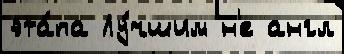
эта́па Лу́чшим н'е англ